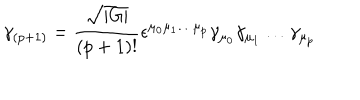
\gamma _ { ( p + 1 ) } = \frac { \sqrt { | G | } } { ( p + 1 ) ! } \epsilon ^ { \mu _ { 0 } \mu _ { 1 } \ldots \mu _ { p } } \gamma _ { \mu _ { 0 } } \gamma _ { \mu _ { 1 } } \ldots \gamma _ { \mu _ { p } }